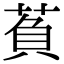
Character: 萯